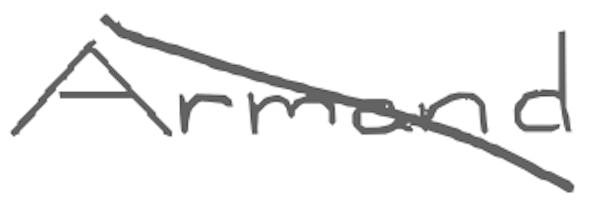
Text: Armand
Cross-out: diagonal
Writing tool: digital_gray